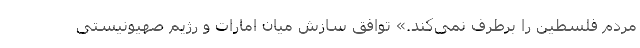
مردم فلسطین را برطرف نمی‌کند.» توافق سازش میان امارات و رژیم صهیونیستی